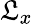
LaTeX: \mathfrak{L}_{x}